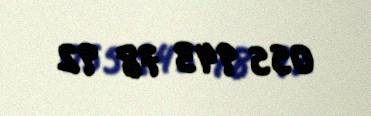
055 943 78 92